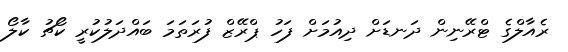
ރެއާލްގެ ޓްރޭނިން ދަނޑަށް ދިއުމަށް ފަހު ޕްރޭޒް ފުރަތަމަ ބައްދަލުކުރީ ކޯޗު ކާލޯ